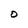
Character: 0